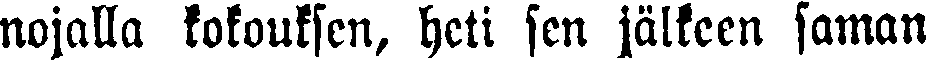
nojalla kokouksen, heti sen jälkeen saman